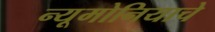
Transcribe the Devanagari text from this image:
न्यूमोनियाचे